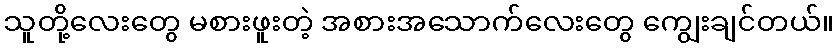
သူတို့လေးတွေ မစားဖူးတဲ့ အစားအသောက်လေးတွေ ကျွေးချင်တယ်။